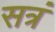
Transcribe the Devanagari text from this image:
सत्रं